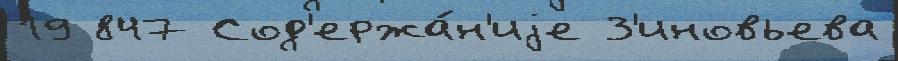
19 847 Сод'ержа́н'иjе З'иновьева